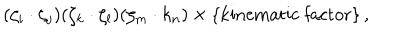
LaTeX: ( \zeta _ { i } \cdot \zeta _ { j } ) ( \zeta _ { k } \cdot \zeta _ { l } ) ( \zeta _ { m } \cdot k _ { n } ) \times \{ \mathrm { k i n e m a t i c ~ f a c t o r } \} \, ,